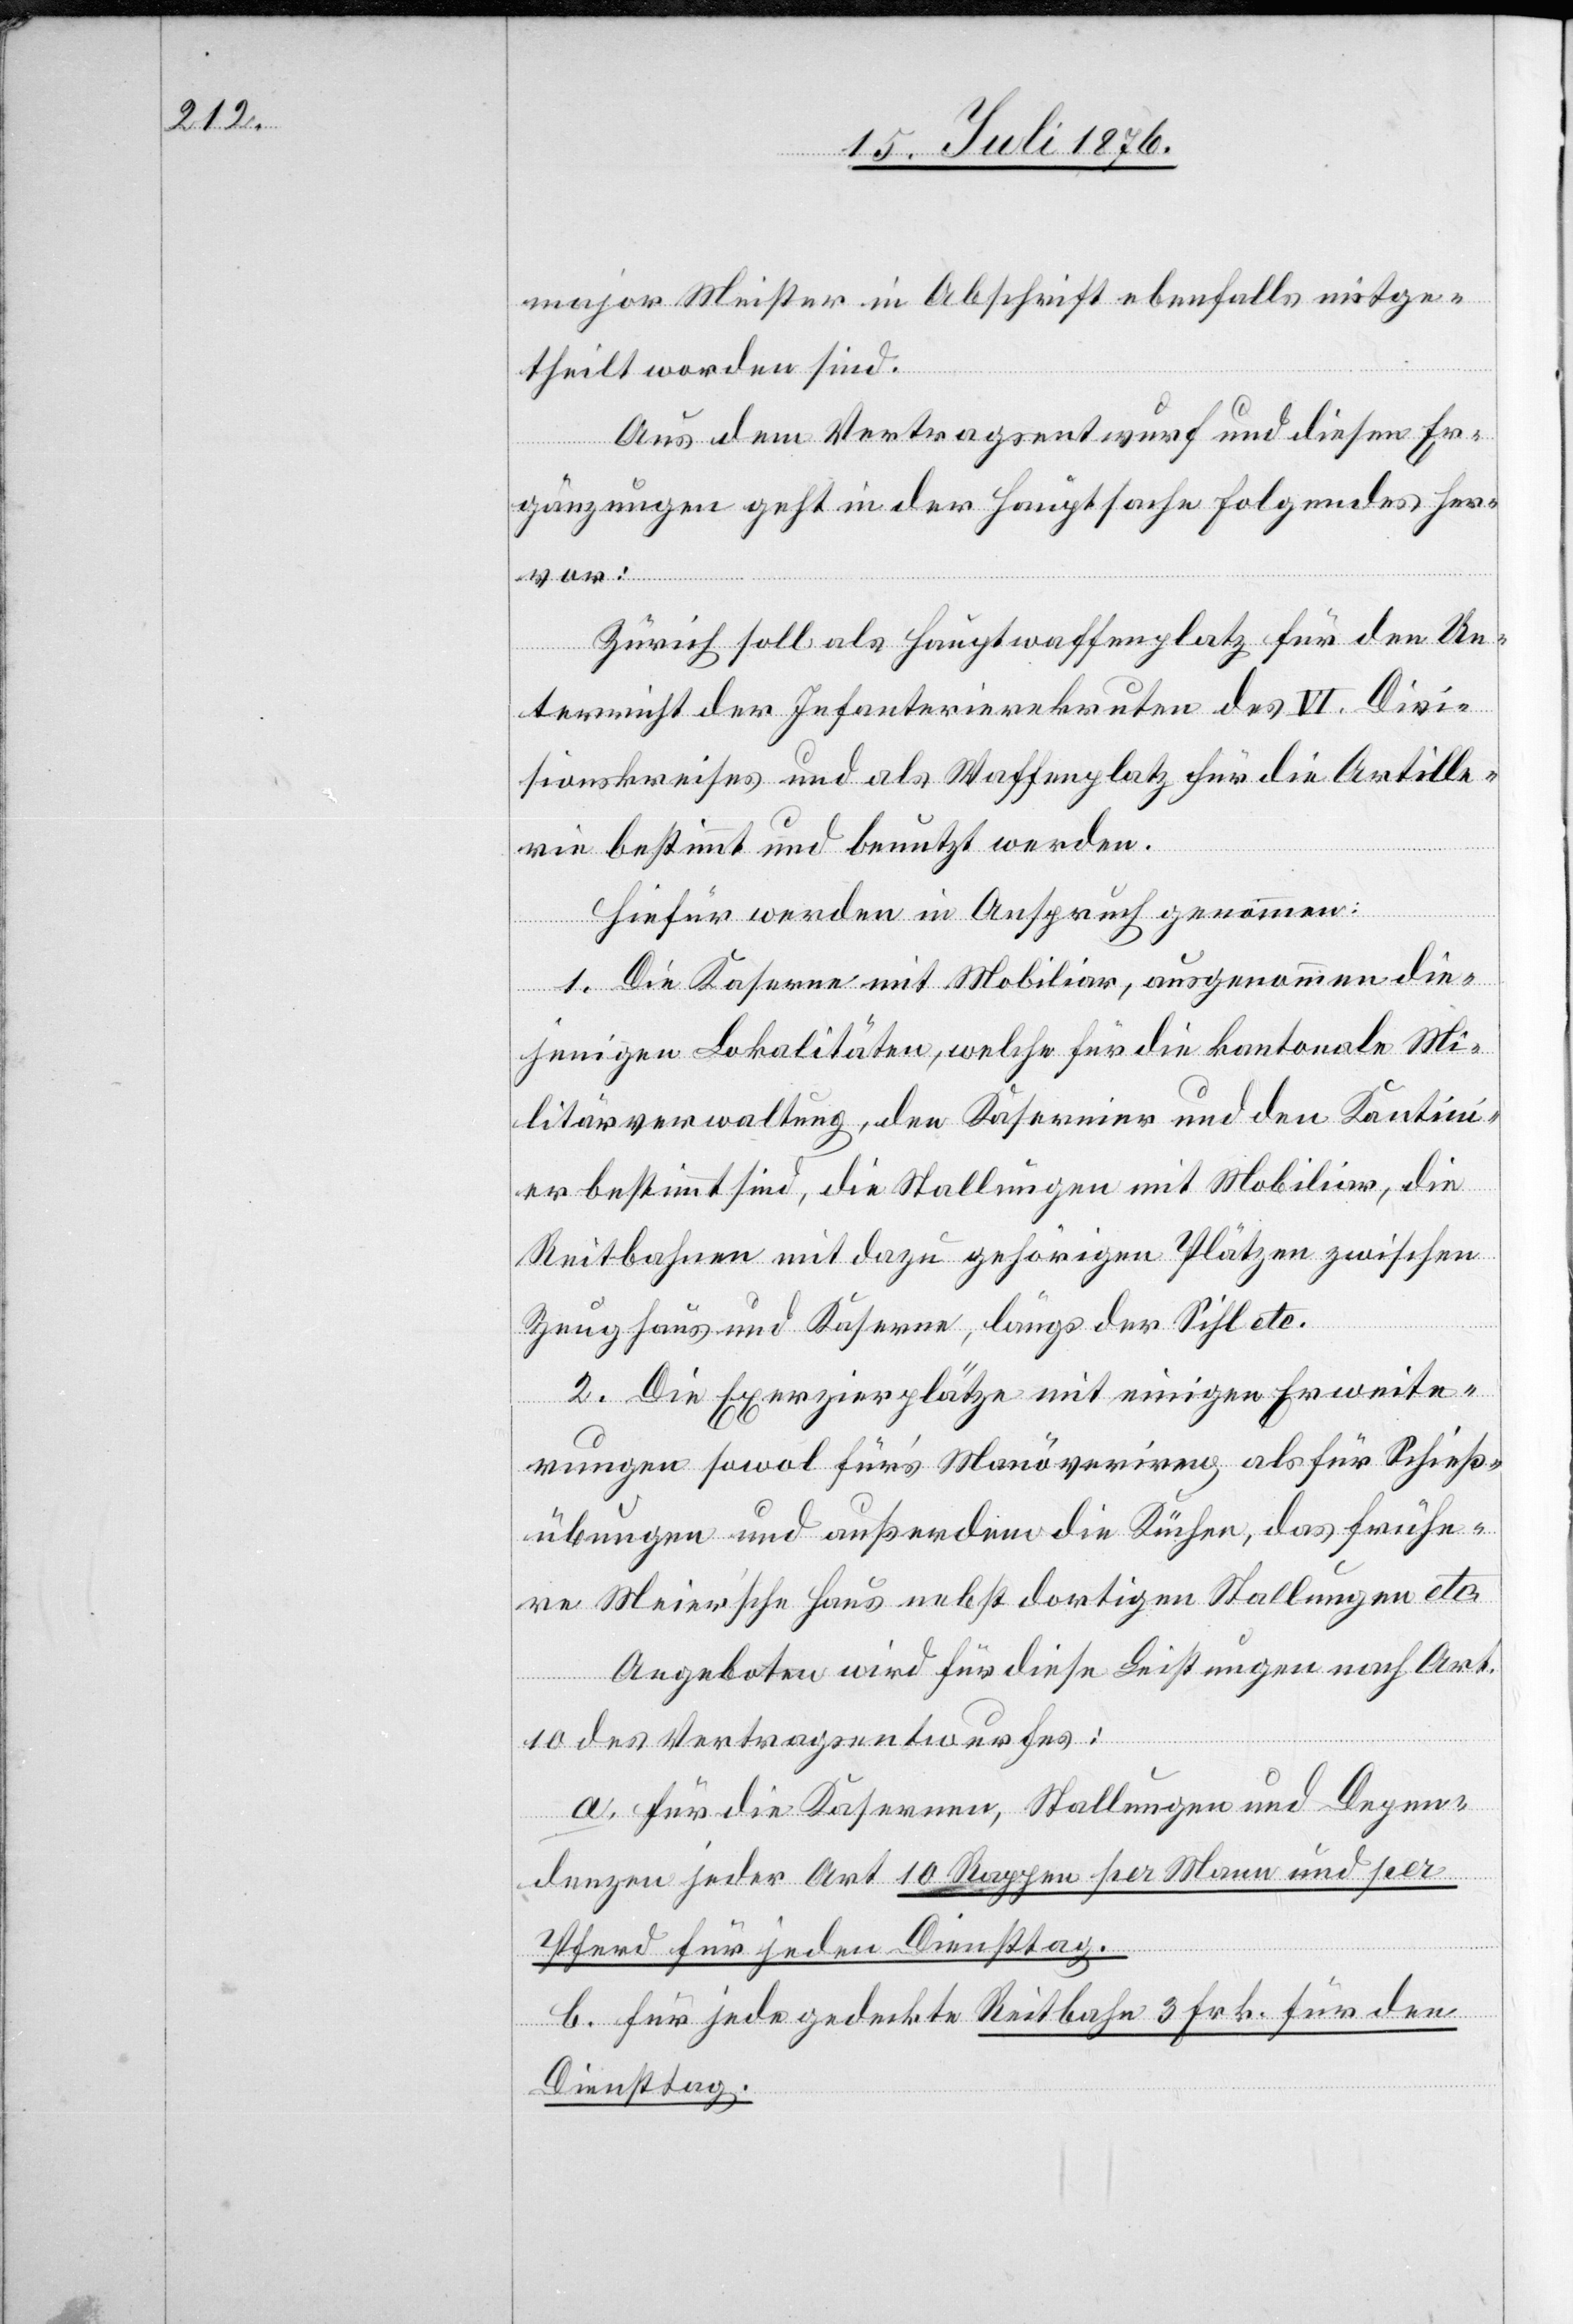
major Meister in Abschrift ebenfalls mitge¬
theilt worden sind.
Aus dem Vertragsentwurf und diesen Er¬
gänzungen geht in der Hauptsache folgendes her¬
vor:
Zürich soll als Hauptwaffenplatz für den Un¬
terricht der Infanterierekruten des VI. Divi¬
sionskreises und als Waffenplatz für die Artille¬
rie bestimmt und benutzt werden.
Hiefür werden in Anspruch genommen:
1. Die Kaserne mit Mobiliar, ausgenommen die¬
jenigen Lokalitäten, welche für die kantonale Mi¬
litärverwaltung, den Kasernier und den Kantini¬
er bestimmt sind, die Stallungen mit Mobiliar, die
Reitbahnen mit dazu gehörigen Plätzen zwischen
Zeughaus und Kaserne, längs der Sihl etc.
2. Die Exerzierplätze mit einigen Erweite¬
rungen sowol für’s Manöveriren, als für Schieß¬
übungen und außerdem die Küchen, das frühe¬
re Meier’sche Haus nebst dortigen Stallungen etc.
Angeboten wird für diese Leistungen nach Art.
10 des Vertragsentwurfes:
a. für die Kasernen, Stallungen und Depen¬
denzen jeder Art 10 Rappen per Mann und per
Pferd für jeden Diensttag.
b. für jede gedeckte Reitbahn 3 Frk. für den
Diensttag.